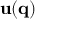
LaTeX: \mathbf { u } ( \mathbf { q } )